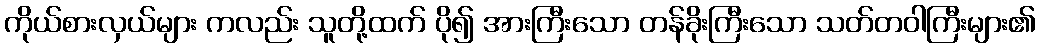
ကိုယ်စားလှယ်များ ကလည်း သူတို့ထက် ပို၍ အားကြီးသော တန်ခိုးကြီးသော သတ်တဝါကြီးများ၏